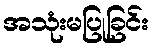
အသုံးမပြုခြင်း